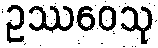
ဥဿဝေသု